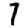
Digit: 7